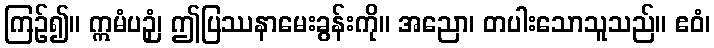
ကြဉ်၍။ ဣမံပဉှံ၊ ဤပြဿနာမေးခွန်းကို။ အညော၊ တပါးသောသူသည်။ ဧဝံ၊